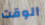
الوقت